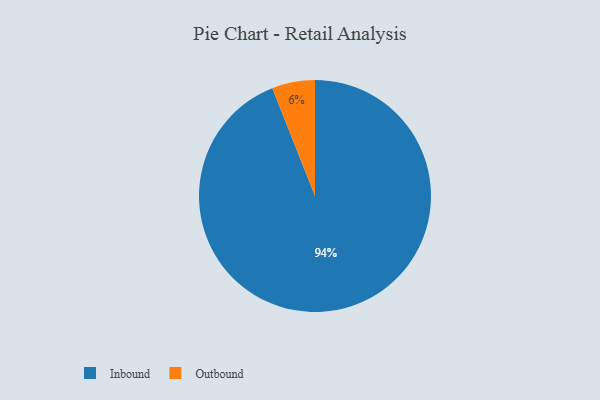
{"axis": {"x": "Category", "y": "Percentage"}, "legend": ["Inbound", "Outbound"], "data": [{"x": "Inbound", "y": 94, "type": "Inbound"}, {"x": "Outbound", "y": 6, "type": "Outbound"}]}